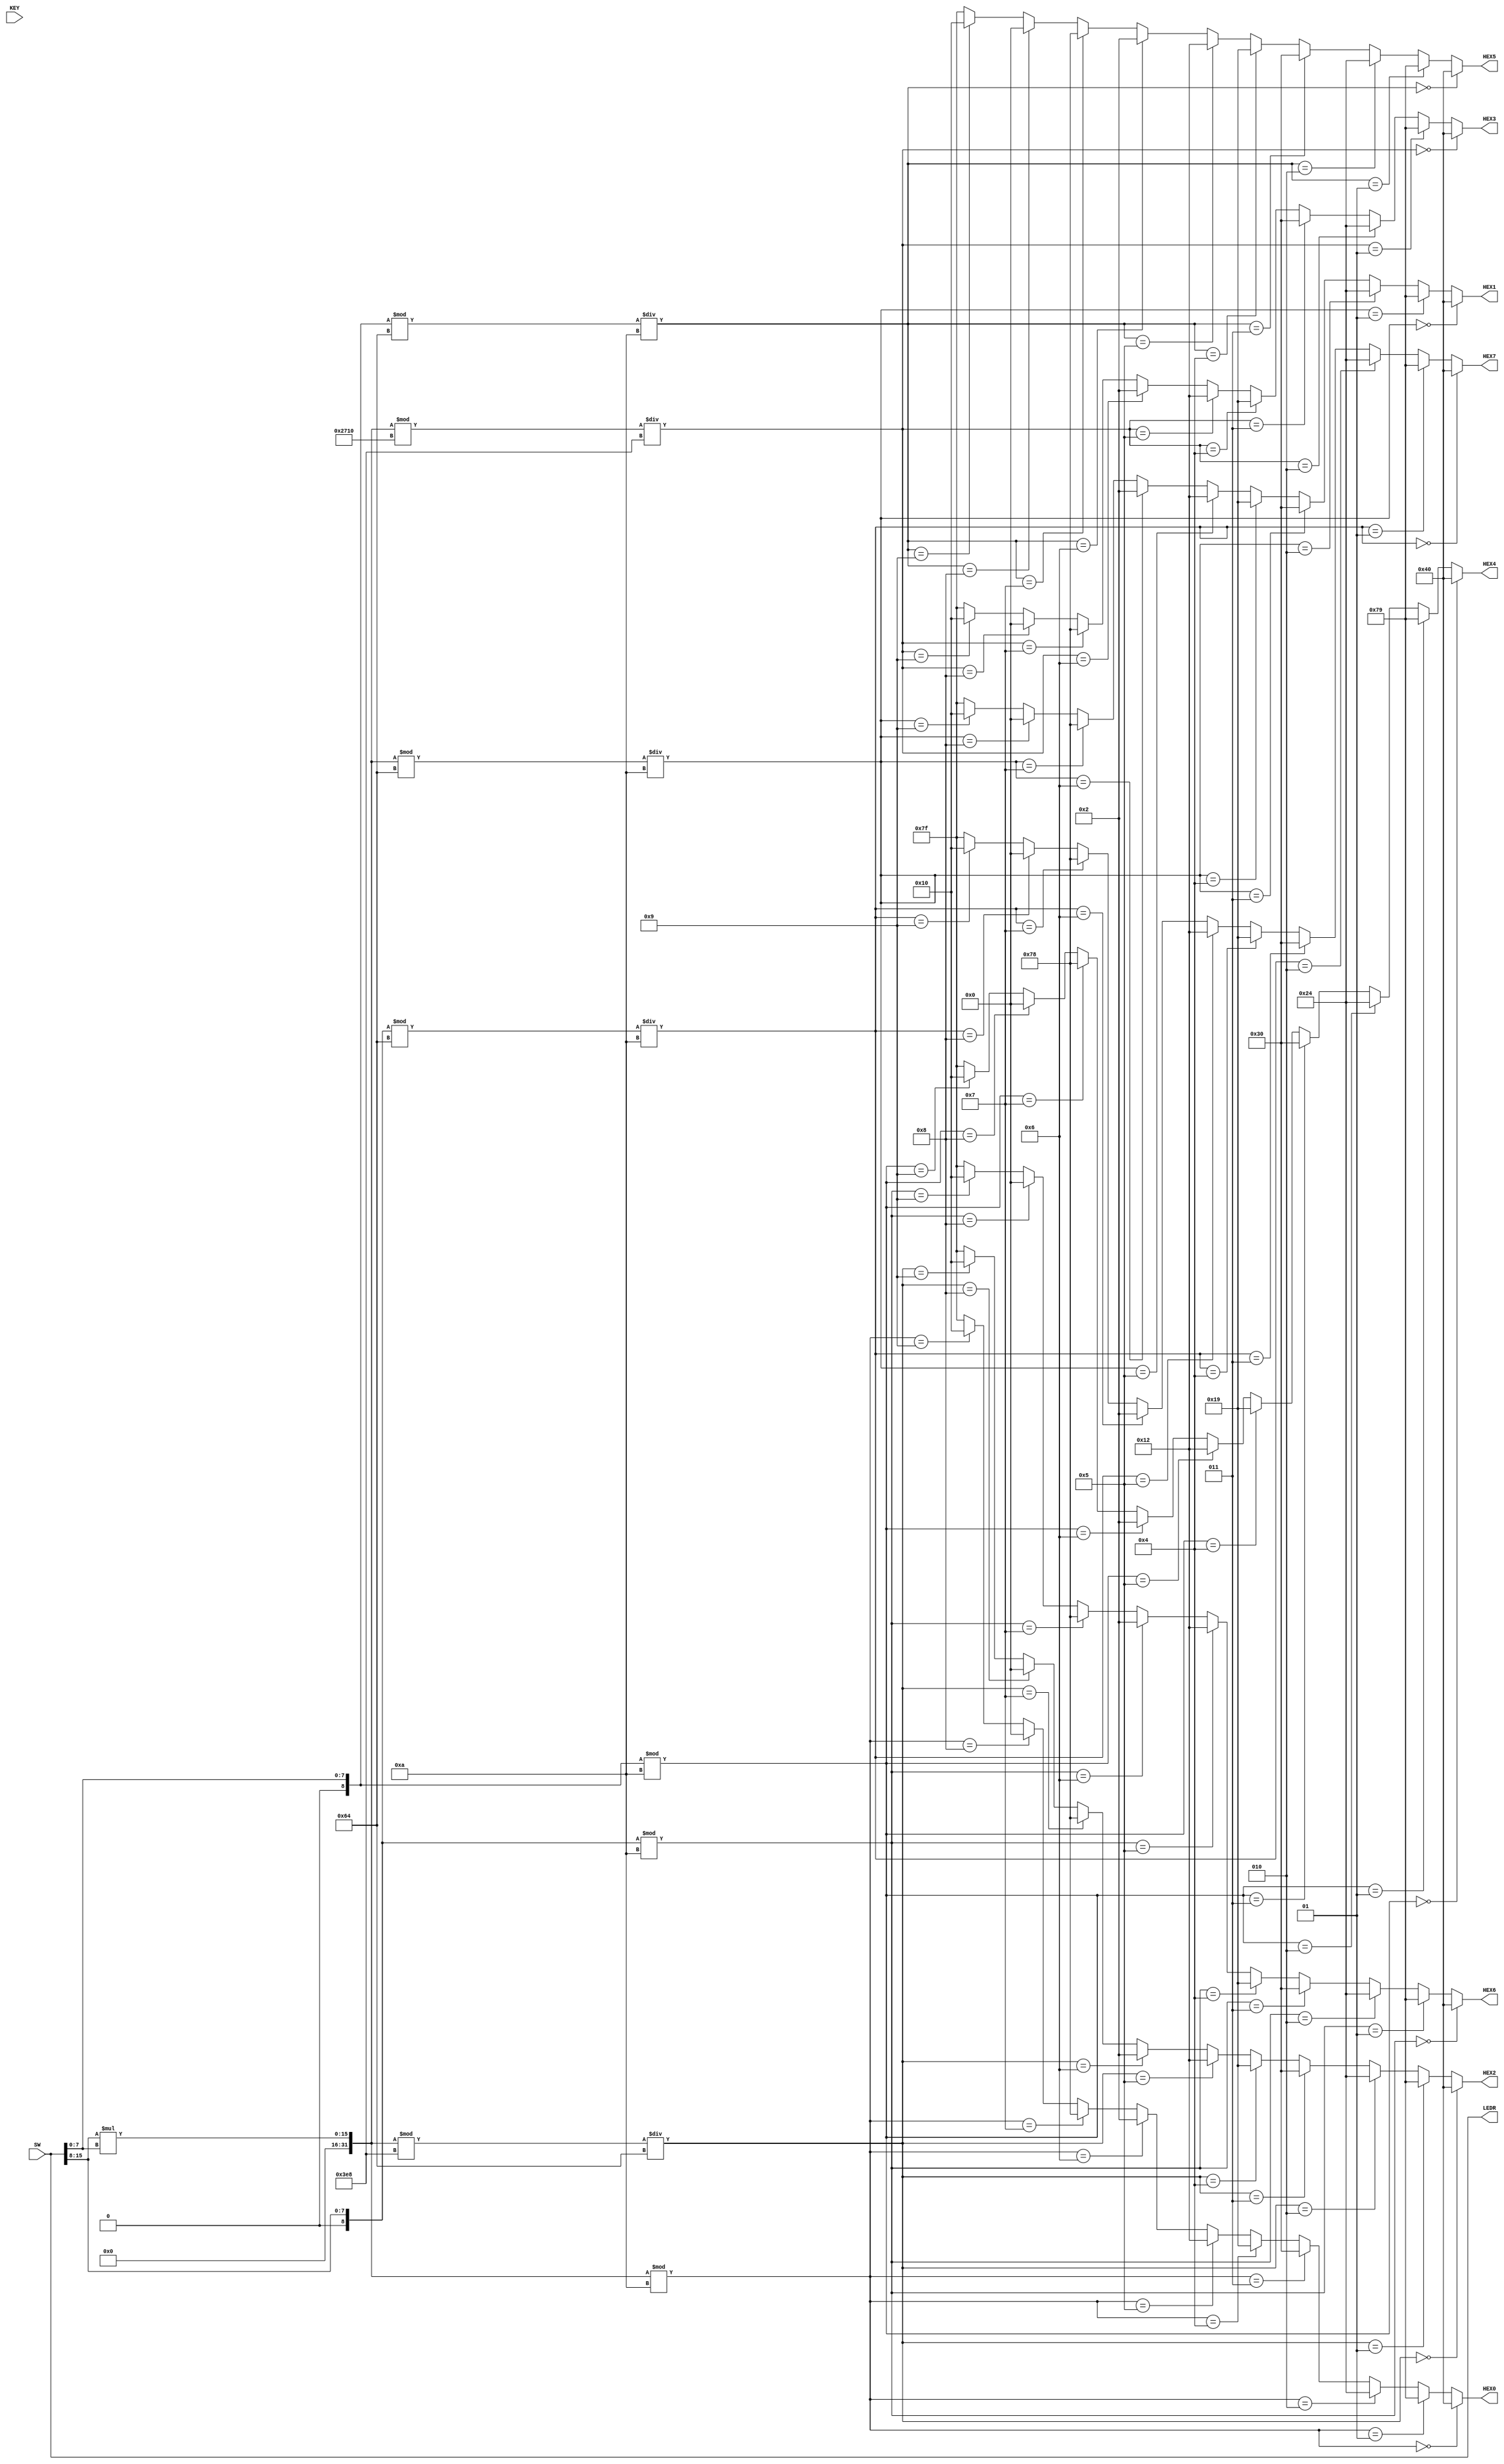
//This program uses verilog code to implement a 10 bit multiplier, and display the result onto HEX[3:0]
//HEX[7:6] is number A, HEX[5:4] is numberB
//SW[15:8] is for inputting numberA
//SW[7:0] is for inputting numberB
`define BLANK 7'b1111111
`define ZERO 7'b1000000
`define ONE 7'b1111001
`define TWO 7'b0100100
`define THREE 7'b0110000
`define FOUR 7'b0011001
`define FIVE 7'b0010010
`define SIX 7'b0000010
`define SEVEN 7'b1111000
`define EIGHT 7'b0000000
`define NINE 7'b0010000

module Lab64 (SW, LEDR, HEX0, HEX1, HEX2, HEX3, HEX4, HEX5, HEX6, HEX7, KEY);
input [17:0]SW;
output [17:0]LEDR;
output [6:0]HEX0;
output [6:0]HEX1;
output [6:0]HEX2;
output [6:0]HEX3;
output [6:0]HEX4;
output [6:0]HEX5;
output [6:0]HEX6;
output [6:0]HEX7;
input [3:0]KEY;
integer Count, numberA, numberB;

assign LEDR = SW;

always @(SW) begin
	numberA = SW[15:8];
	numberB = SW[7:0];
end

always @(numberA or numberB) begin
	Count = numberA*numberB;
end

assign HEX0 = (Count % 10 == 0)?`ZERO: // 0
				  (Count % 10 == 1)?`ONE: // 1
				  (Count % 10 == 2)?`TWO: // 2
				  (Count % 10 == 3)?`THREE: // 3
				  (Count % 10 == 4)?`FOUR: // 4
				  (Count % 10 == 5)?`FIVE: // 5
				  (Count % 10 == 6)?`SIX: // 6
				  (Count % 10 == 7)?`SEVEN: // 7
				  (Count % 10 == 8)?`EIGHT: // 8
			     (Count % 10 == 9)?`NINE: // 9
				   `BLANK; // BLANK
					
assign HEX1 = ((Count % 100) / 10 == 0)?`ZERO: // 0
				  ((Count % 100) / 10 == 1)?`ONE: // 1
				  ((Count % 100) / 10 == 2)?`TWO: // 2
				  ((Count % 100) / 10 == 3)?`THREE: // 3
				  ((Count % 100) / 10 == 4)?`FOUR: // 4
				  ((Count % 100) / 10 == 5)?`FIVE: // 5
				  ((Count % 100) / 10 == 6)?`SIX: // 6
				  ((Count % 100) / 10 == 7)?`SEVEN: // 7
				  ((Count % 100) / 10 == 8)?`EIGHT: // 8
			     ((Count % 100) / 10 == 9)?`NINE: // 9
				   `BLANK; // BLANK
					
assign HEX2 = ((Count % 1000) / 100 == 0)?`ZERO: // 0
				  ((Count % 1000) / 100 == 1)?`ONE: // 1
				  ((Count % 1000) / 100 == 2)?`TWO: // 2
				  ((Count % 1000) / 100 == 3)?`THREE: // 3
				  ((Count % 1000) / 100 == 4)?`FOUR: // 4
				  ((Count % 1000) / 100 == 5)?`FIVE: // 5
				  ((Count % 1000) / 100 == 6)?`SIX: // 6
				  ((Count % 1000) / 100 == 7)?`SEVEN: // 7
				  ((Count % 1000) / 100 == 8)?`EIGHT: // 8
			     ((Count % 1000) / 100 == 9)?`NINE: // 9
				   `BLANK; // BLANK

assign HEX3 = ((Count % 10000) / 1000 == 0)?`ZERO: // 0
				  ((Count % 10000) / 1000 == 1)?`ONE: // 1
				  ((Count % 10000) / 1000 == 2)?`TWO: // 2
				  ((Count % 10000) / 1000 == 3)?`THREE: // 3
				  ((Count % 10000) / 1000 == 4)?`FOUR: // 4
				  ((Count % 10000) / 1000 == 5)?`FIVE: // 5
				  ((Count % 10000) / 1000 == 6)?`SIX: // 6
				  ((Count % 10000) / 1000 == 7)?`SEVEN: // 7
				  ((Count % 10000) / 1000 == 8)?`EIGHT: // 8
			     ((Count % 10000) / 1000 == 9)?`NINE: // 9
				   `BLANK; // BLANK					
					
assign HEX4 = (numberB % 10 == 0)?`ZERO: // 0
				  (numberB % 10 == 1)?`ONE: // 1
				  (numberB % 10 == 2)?`TWO: // 2
				  (numberB % 10 == 3)?`THREE: // 3
				  (numberB % 10 == 4)?`FOUR: // 4
				  (numberB % 10 == 5)?`FIVE: // 5
				  (numberB % 10 == 6)?`SIX: // 6
				  (numberB % 10 == 7)?`SEVEN: // 7
				  (numberB % 10 == 8)?`EIGHT: // 8
			     (numberB % 10 == 9)?`NINE: // 9
				   `BLANK; // BLANK
				
assign HEX5 = ((numberB % 100) / 10 == 0)?`ZERO: // 0
				  ((numberB % 100) / 10 == 1)?`ONE: // 1
				  ((numberB % 100) / 10 == 2)?`TWO: // 2
				  ((numberB % 100) / 10 == 3)?`THREE: // 3
				  ((numberB % 100) / 10 == 4)?`FOUR: // 4
				  ((numberB % 100) / 10 == 5)?`FIVE: // 5
				  ((numberB % 100) / 10 == 6)?`SIX: // 6
				  ((numberB % 100) / 10 == 7)?`SEVEN: // 7
				  ((numberB % 100) / 10 == 8)?`EIGHT: // 8
			     ((numberB % 100) / 10 == 9)?`NINE: // 9
				   `BLANK; // BLANK			
			
assign HEX6 = (numberA % 10 == 0)?`ZERO: // 0
				  (numberA % 10 == 1)?`ONE: // 1
				  (numberA % 10 == 2)?`TWO: // 2
				  (numberA % 10 == 3)?`THREE: // 3
				  (numberA % 10 == 4)?`FOUR: // 4
				  (numberA % 10 == 5)?`FIVE: // 5
				  (numberA % 10 == 6)?`SIX: // 6
				  (numberA % 10 == 7)?`SEVEN: // 7
				  (numberA % 10 == 8)?`EIGHT: // 8
			     (numberA % 10 == 9)?`NINE: // 9
				   `BLANK; // BLANK
					
assign HEX7 = ((numberA % 100) / 10 == 0)?`ZERO: // 0
				  ((numberA % 100) / 10 == 1)?`ONE: // 1
				  ((numberA % 100) / 10 == 2)?`TWO: // 2
				  ((numberA % 100) / 10 == 3)?`THREE: // 3
				  ((numberA % 100) / 10 == 4)?`FOUR: // 4
				  ((numberA % 100) / 10 == 5)?`FIVE: // 5
				  ((numberA % 100) / 10 == 6)?`SIX: // 6
				  ((numberA % 100) / 10 == 7)?`SEVEN: // 7
				  ((numberA % 100) / 10 == 8)?`EIGHT: // 8
			     ((numberA % 100) / 10 == 9)?`NINE: // 9
				   `BLANK; // BLANK
					
endmodule